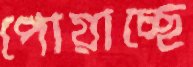
পোয়াচ্ছে